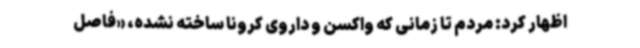
اظهار کرد: مردم تا زمانی که واکسن و داروی کرونا ساخته نشده، «فاصل